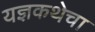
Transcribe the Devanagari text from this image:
यज्ञकथेचा